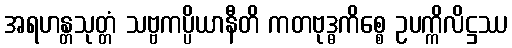
အရဟန္တသုတ္တံ သဗ္ဗကပ္ပိယာနီတိ ကတဗုဒ္ဓကိစ္စေ ဥပက္ကိလိဋ္ဌဿ